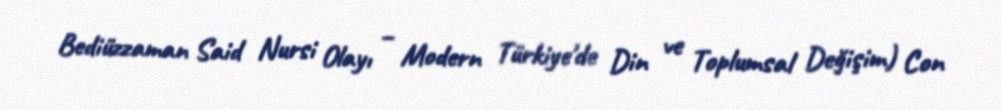
Bediüzzaman Said Nursi Olayı – Modern Türkiye'de Din ve Toplumsal Değişim) Con